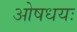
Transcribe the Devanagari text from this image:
ओषधयः